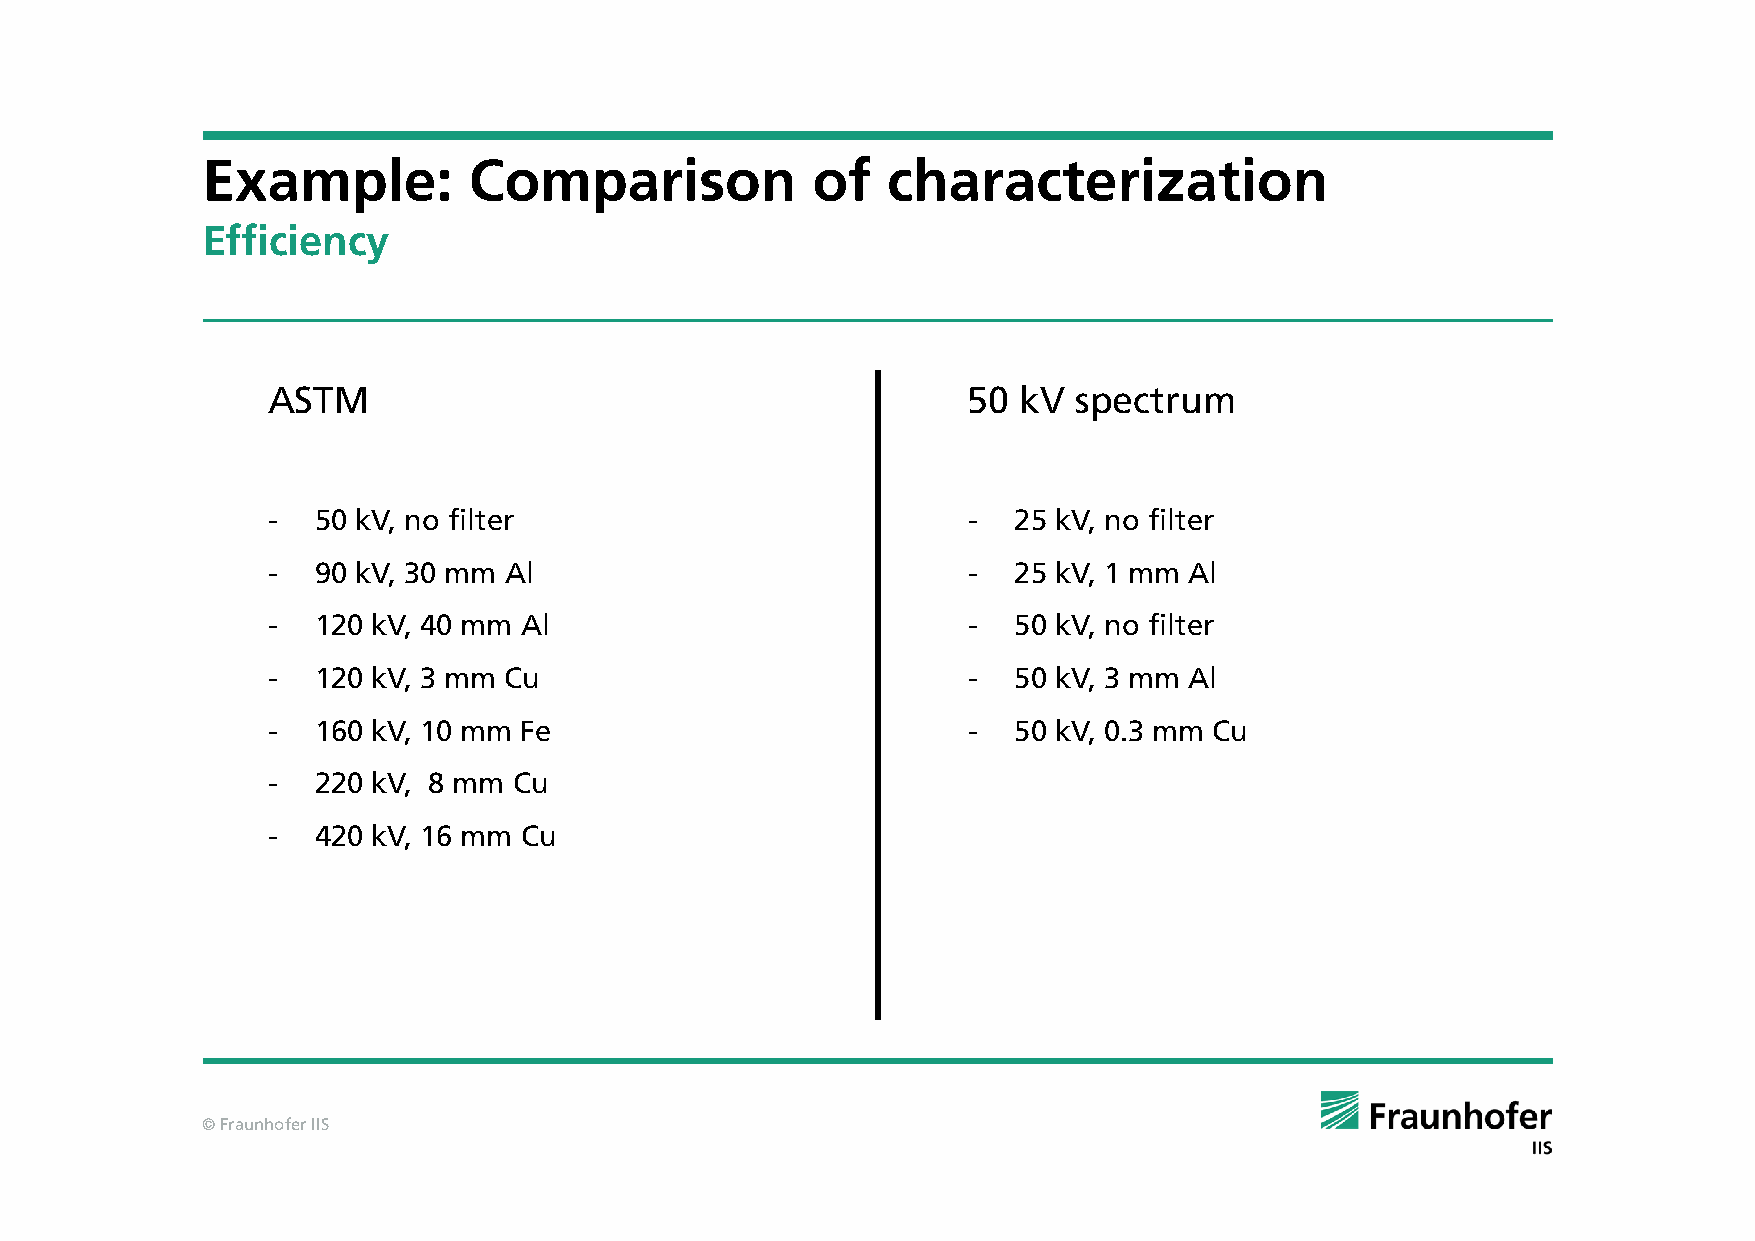
Example:          Comparison             of   characterization
 Efficiency
 ASTM                                          50 kV  spectrum
 -  50 kV, no filter                           -  25 kV, no filter
 -  90 kV, 30 mm Al                            -  25 kV, 1 mm Al
 -  120 kV, 40 mm Al                           -  50 kV, no filter
 -  120 kV, 3 mm Cu                            -  50 kV, 3 mm Al
 -  160 kV, 10 mm Fe                           -  50 kV, 0.3 mm Cu
 -  220 kV, 8 mm Cu
 -  420 kV, 16 mm Cu
 © Fraunhofer IIS